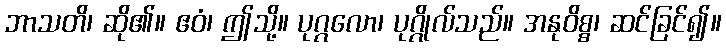
ဘာသတိ၊ ဆို၏။ ဧဝံ၊ ဤသို့။ ပုဂ္ဂလော၊ ပုဂ္ဂိုလ်သည်။ အနုဝိစ္စ၊ ဆင်ခြင်၍။